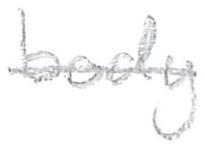
Text: body
Cross-out: single-line
Writing tool: pencil